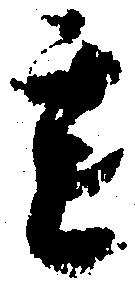
其